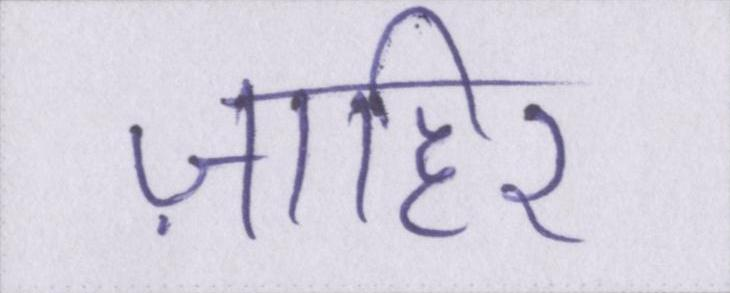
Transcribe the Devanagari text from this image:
ज़ाहिर